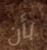
بأن